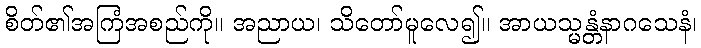
စိတ်၏အကြံအစည်ကို။ အညာယ၊ သိတော်မူလေ၍။ အာယသ္မန္တံနာဂသေနံ၊